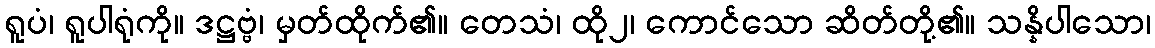
ရူပံ၊ ရူပါရုံကို။ ဒဋ္ဌဗ္ဗံ၊ မှတ်ထိုက်၏။ တေသံ၊ ထို၂၊ ကောင်သော ဆိတ်တို့၏။ သန္နိပါသော၊